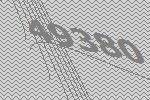
49380